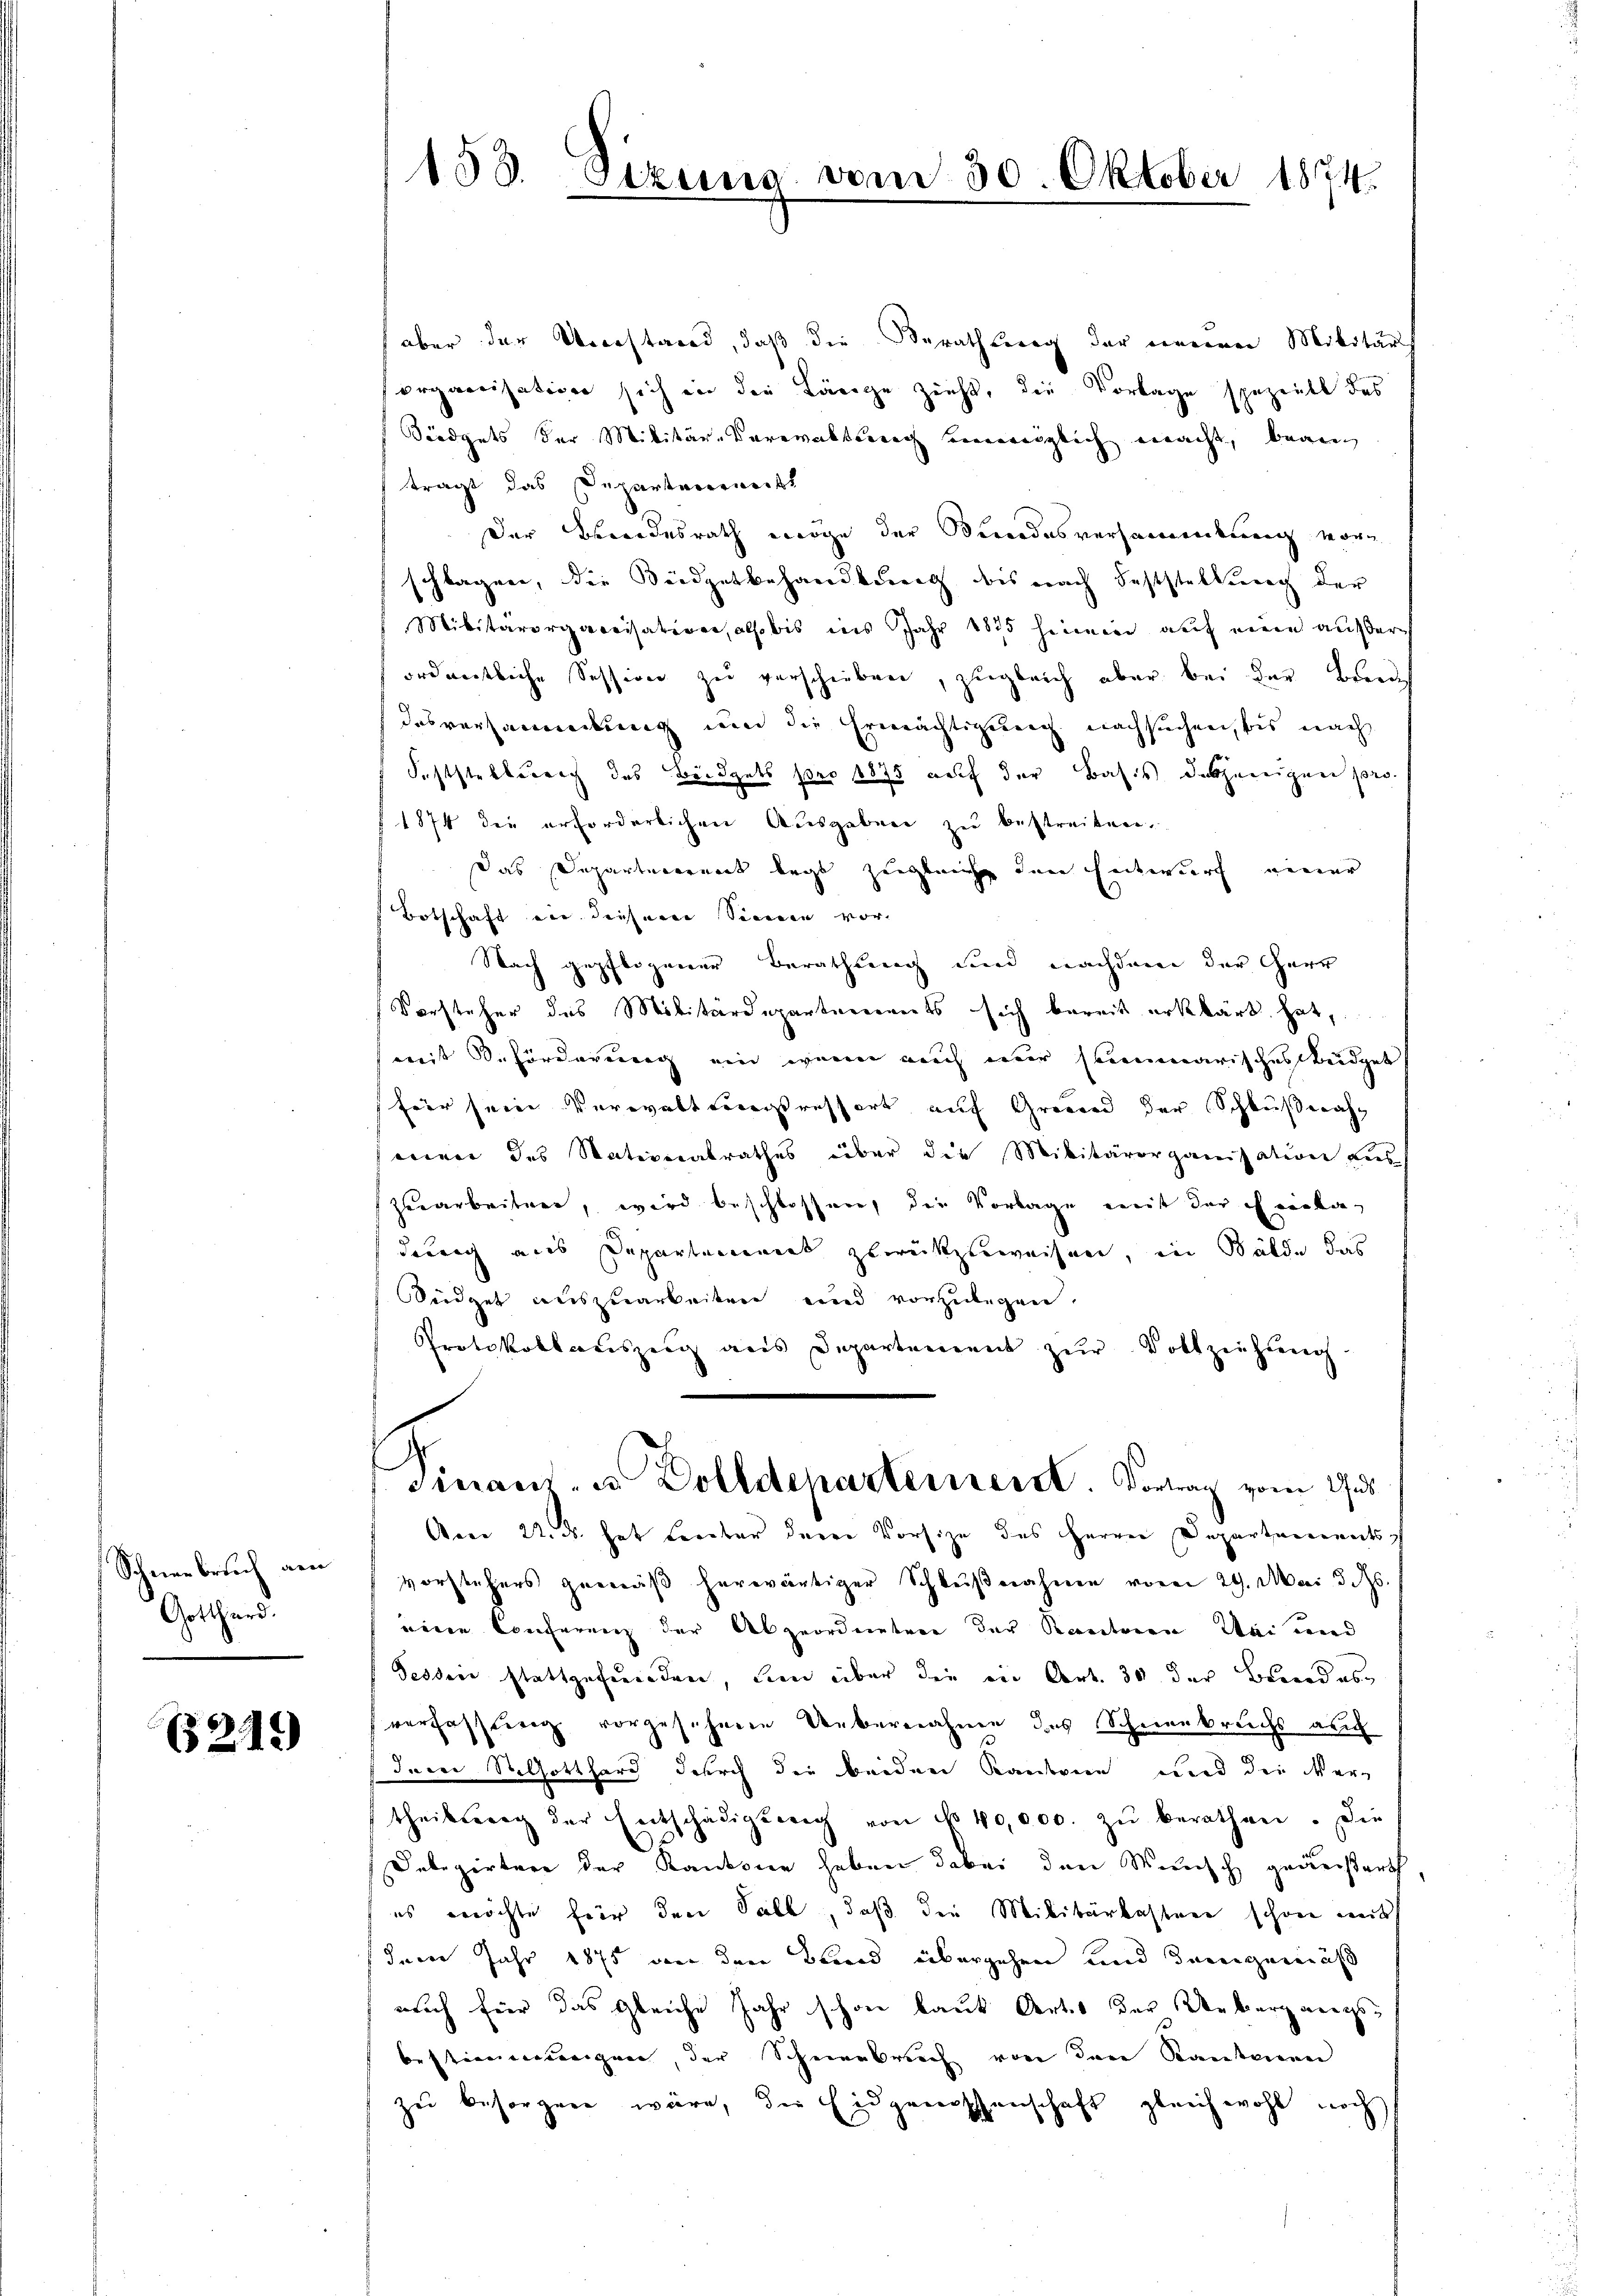
Schneebruch gen
Gotthard.
e

6219)

153. Sizung von

30. Oktober 1874.

aber der Vorstand, daß die Berathung der meinen Militärs
organisativen sich in die Länge zieht, die Vorlage spezeite das
Sindguts der Militär-Verwaltung seinemöglich macht, bean
trägt das Departerrarist
Der Beendesrath möge der Beerodesversammlung vorn
schlagen, die Seidgetbehandlung, das nach Feststellung der
Militärorganisationalso bis ins Jahr 1875 hinein auf eine äußer
ordnetliche Session zu verschieben, zugleich aber bei der Bande
Dasversammlung und die Ermächtigung nachsuchen, bis nach
Feststellerrich des Büdgets pro 1875 auf der Basis dasjenigen pro¬
1874 die erforderlichen Ausgaben zu bestreiten.
Das Departererent legt zugleich den Entwurf einer
Botschaft ein diesem Sinnen vor
Nach gepflogener Berathung und nachdem der Herr
Vorsteher das Militärdeparterrents sich bereit erklärt hat,
mit Beförderung ein wenn auch nur summarisches Budget
für sein Verwaltserstrassert auf Grund der Schlußnaheener des Vaterialrathes über die Militärorganisation aus
zuarbeiten, wird beschlossen, die Vorlage mit der Freilag
dung aus Departement zurückzuweisen, in Bälde das
Büdget auszuarbeiten und vorzulegen.
Protokollauszeig aus Departement zur Vollziehung.
Finanz- u. Dolldepartement. Vortrag vom 9.
Am 22. ds. hat Lember der Vorsize des Herrn Departementsch
vorstehers gemäß herwärtiger Schlußnahme vom 29. Mai d. Ms.
einen Conferenz der Abzuordneten der Kantonen Mai und
Fessen stattgefunden, und über die in Art. 30 der Bundesverfassung vorgesehene Uebernahme des Schneekreichs auch
denen Stelhotthard durch die beiden Kantone und der Ver-
theilsberg der Entschädigung von No 40,000. zŭ berathen. Die
Debegirten der Kantone haben dabei den Wunsch geäußert
es möchte für den Pall, daß der Militärbastner schon mit
dem Jahr 1875 von den Brand übergehen und demgemäß
aich für das gleiche Jahr schon laut Kartes der Ueberg wer
bestimmungen, der Schneebruch von den Kantonen
zu besorgene wäre, die Eidgenossenschaft gleichwohl noch